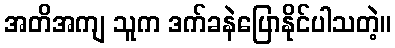
အတိအကျ သူက ဒက်ခနဲပြောနိုင်ပါသတဲ့။